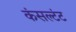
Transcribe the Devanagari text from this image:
कंसल्टंट